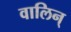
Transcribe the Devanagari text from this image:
वालिन्